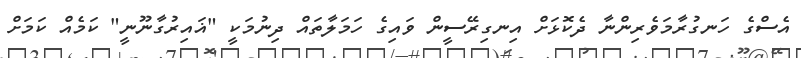
އެސްގެ ހަނގުރާމަވެރިންނާ ދެކޮޅަށް އިނގިރޭސީން ވައިގެ ހަމަލާތައް ދިނުމަކީ "ޣައިރުގާނޫނީ" ކަމެއް ކަމަށް